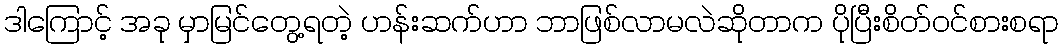
ဒါကြောင့် အခု မှာမြင်တွေ့ရတဲ့ ဟန်းဆက်ဟာ ဘာဖြစ်လာမလဲဆိုတာက ပိုပြီးစိတ်ဝင်စားစရာ